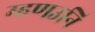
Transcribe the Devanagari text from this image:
म्हणउनि